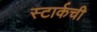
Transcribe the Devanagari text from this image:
स्टार्कची